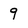
Character: 9